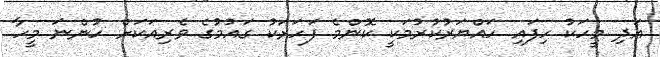
އަދި މީހަކު ހިފައި ހައްޔަރުކުރުމަކީ ކޮންމެ ފަހަރަކު ގައުމުގެ ވެރިއަކަށް ހުންނަ މީހާ